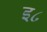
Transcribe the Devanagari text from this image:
इ८